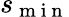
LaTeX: s_{\mathrm{~m~i~n~}}